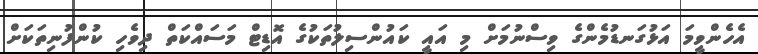
އެހެންވީމަ އަޅުގަނޑުމެންގެ ވިސްނުމަށް މި އައީ ކައުންސިލުތަކުގެ އޮޑިޓް މަސައްކަތް ދިވެހި ކުންފުނިތަކަށް